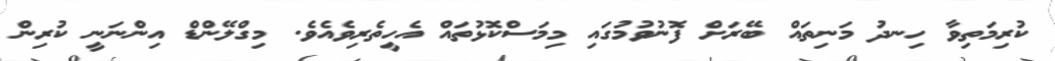
ކުރިމަތިވާ ހިނދު މަނިތައް ބޭރަށް ފޮނުވުމުގައި މިމަސްކޮޅުތައް އެހީތެރިވެއެވެ. މިގްލޭންޑް އިންނަނީ ކުރިން